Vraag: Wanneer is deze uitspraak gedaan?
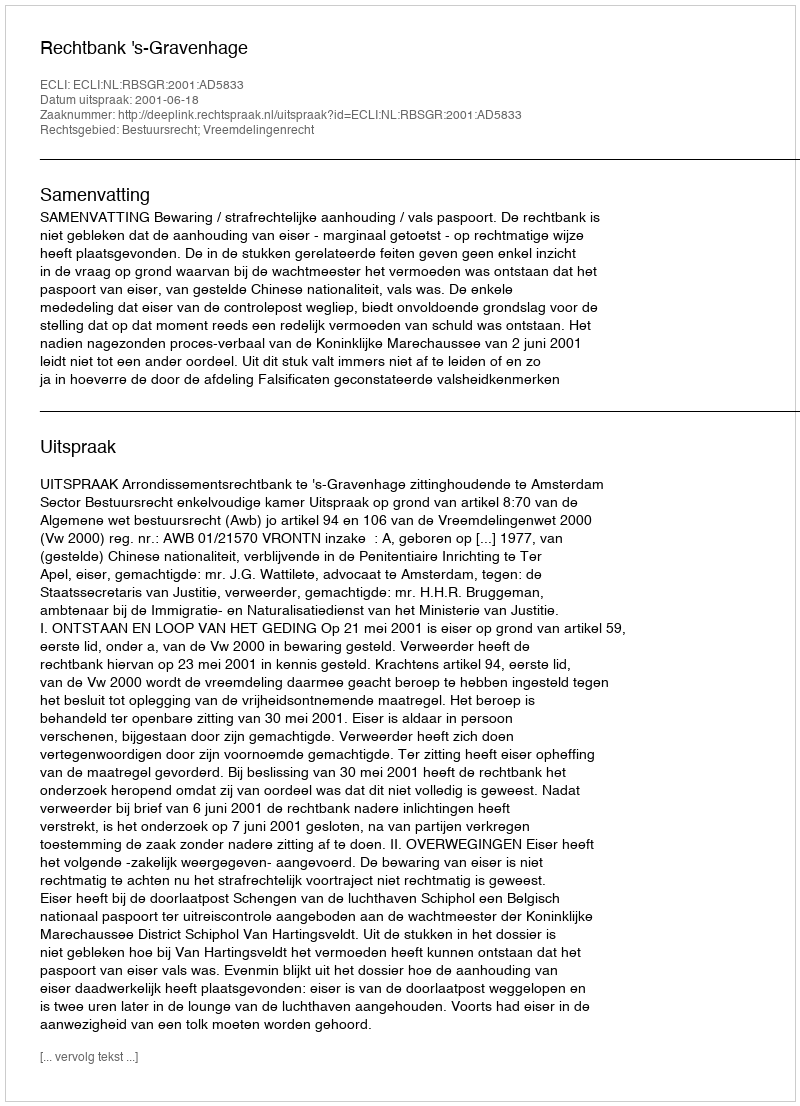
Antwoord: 2001-06-18